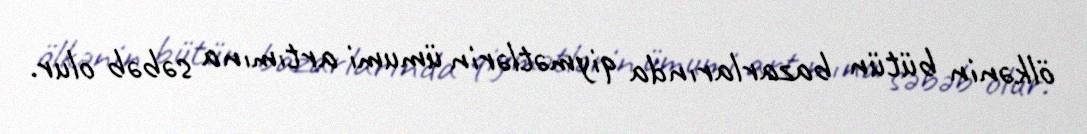
ölkənin bütün bazarlarında qiymətlərin ümumi artımına səbəb olur.